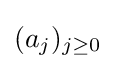
(a_{j})_{j\geq 0}